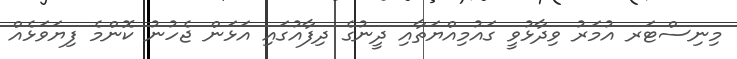
މިނިސްޓަރ އުމަރު ވިދާޅުވީ ގައުމިއްޔަތާއި ދީނުގެ ދިފާއުގައި އަޅަން ޖެހުނު ކޮންމެ ފިޔަވަޅެއް